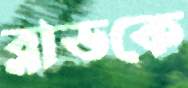
ব্লাডকে